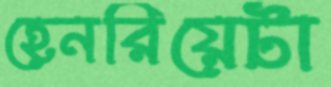
হেনরিয়েটা